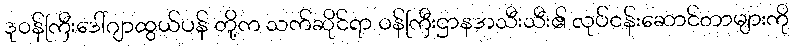
ဒုဝန်ကြီးဒေါ်ဂျာထွယ်ပန် တို့က သက်ဆိုင်ရာ ဝန်ကြီးဌာနအသီးသီး၏ လုပ်ငန်းဆောင်တာများကို